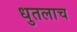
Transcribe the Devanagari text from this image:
धुतलाच